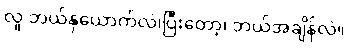
လူ ဘယ်နှယောက်လဲ၊ပြီးတော့၊ ဘယ်အချိန်လဲ။